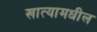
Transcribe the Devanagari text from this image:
खात्यामधील